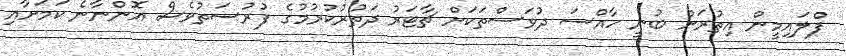
ފްލައިމީން އިތުރަށް ބުނީ ހާއްސަ ދުވަސްތަކަށް ޗާޓަރު ދަތުރުކުރުމުގެ ފުރުސަތުވެސް އޮންނާނެ ކަމަށާއި